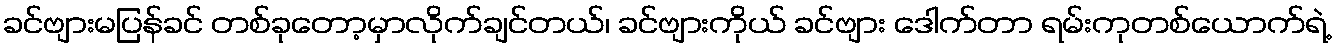
ခင်ဗျားမပြန်ခင် တစ်ခုတော့မှာလိုက်ချင်တယ်၊ ခင်ဗျားကိုယ် ခင်ဗျား ဒေါက်တာ ရမ်းကုတစ်ယောက်ရဲ့